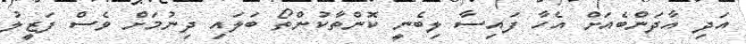
އަދި އާދަންބެއަށް އެހާ ފައިސާ ލިބެނީ ކޮންތާކުންތޯ ބަލައި ދިނުމަށް ވެސް ފަޒީލު